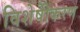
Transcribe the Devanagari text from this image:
विशेषीेकरण